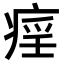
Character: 𤷏